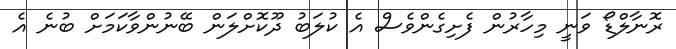
ރޮނާލްޑޯ ވަނީ މިހާރުން ފެށިގެންވެސް އެ ކުލަބު ދޫކޮށްލަން ބޭނުންވާކަމަށް ބުނެ އެ